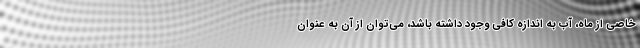
خاصی از ماه، آب به اندازه کافی وجود داشته باشد، می‌توان از آن به عنوان